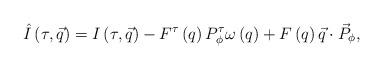
LaTeX: \begin{align*}\hat I\left( \tau ,\vec q\right) =I\left( \tau ,\vec q\right) -F^\tau \left(q\right) P_{\phi}^\tau \omega \left( q\right) +F\left( q\right)\vec q\cdot {\vec P}_{\phi},\end{align*}